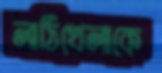
লাঠিখেলাকে